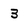
Character: 3